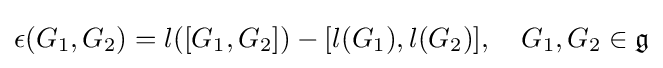
\epsilon (G_{1},G_{2})=l([G_{1},G_{2}])-[l(G_{1}),l(G_{2})],\quad G_{1},G_{2}\in {\mathfrak {g}}